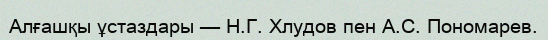
Алғашқы ұстаздары — Н.Г. Хлудов пен А.С. Пономарев.